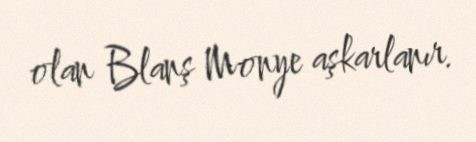
olan Blanş Monye aşkarlanır.